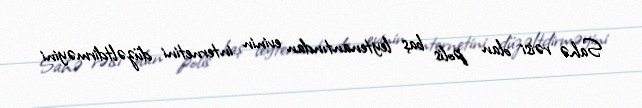
Sahə rəisi olan polis baş leytenantından evinin internetini düzəltdirməyini